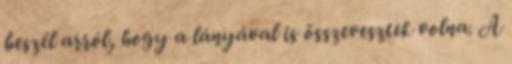
beszél arról, hogy a lányával is összevesztek volna. A